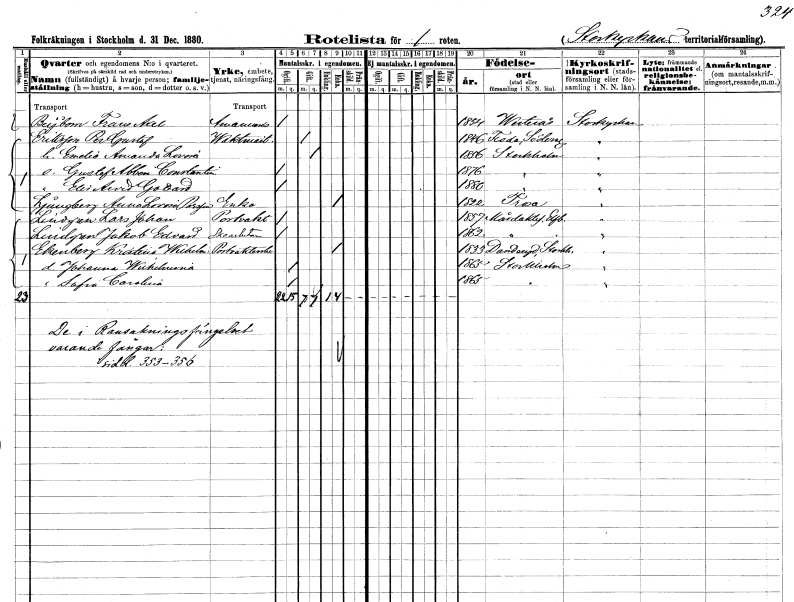
gt_parse: households: individuals: FN: Frans Axel
EN: Beijbom
YRKE: Amanuens
KON: M
CIV: O
FODAR: 1854
FODFORS: Västerås Västmanlands län
FN: Per Gustaf
EN: Eriksson
YRKE: Vaktmästare
KON: M
CIV: G
FODAR: 1846
FODFORS: Floda Södermanlands län
FN: Emelie Amanda Lovisa
KON: K
CIV: G
FODAR: 1856
FODFORS: Stockholm
FN: Gustaf Albin Constantin
KON: M
CIV: O
FODAR: 1876
FODFORS: Stockholm
FN: Elis Arvid Gotthard
KON: M
CIV: O
FODAR: 1880
FODFORS: Stockholm
FN: Anna Lovisa
EN: Ljungberg Persson
YRKE: Änka
KON: K
CIV: E
FODAR: 1822
FODFORS: Trosa Södermanlands län
FN: Lars Johan
EN: Lindgren
YRKE: Portvakt
KON: M
CIV: O
FODAR: 1857
FODFORS: Mårdaklev Älvsborgs län
FN: Jakob Edvard
EN: Lindgren
YRKE: Skoarbetare
KON: M
CIV: O
FODAR: 1862
FODFORS: Mårdaklev Älvsborgs län
FN: Kristina Wilhelmina
EN: Ekenberg
YRKE: Portvaktsänka
KON: K
CIV: E
FODAR: 1833
FODFORS: Danderyd Stockholms län
FN: Johanna Wilhelmina
KON: K
CIV: O
FODAR: 1865
FODFORS: Stockholm
FN: Sofia Carolina
KON: K
CIV: O
FODAR: 1865
FODFORS: Stockholm